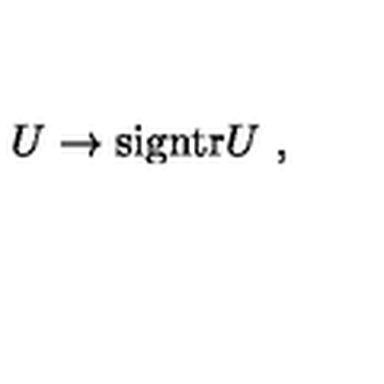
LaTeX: U \rightarrow \mathrm { s i g n t r } U \ ,